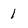
Character: 1